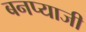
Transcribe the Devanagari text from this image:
बनप्याजी